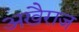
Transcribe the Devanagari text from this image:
अखैराज